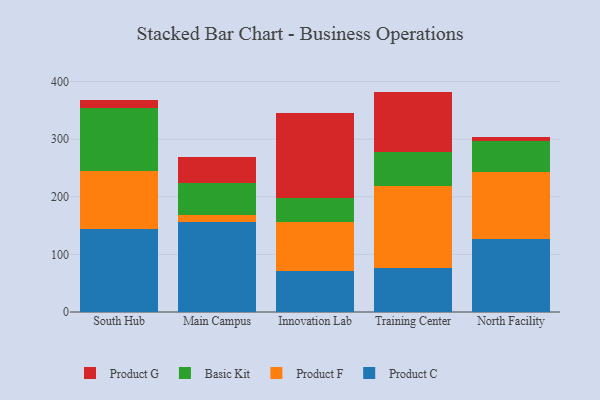
{"axis": {"x": "Campus", "y": "Net Income (USD K)"}, "legend": ["Basic Kit", "Product C", "Product F", "Product G"], "data": [{"x": "South Hub", "y": 144.5, "type": "Product C"}, {"x": "South Hub", "y": 100.5, "type": "Product F"}, {"x": "South Hub", "y": 108.8, "type": "Basic Kit"}, {"x": "South Hub", "y": 14.3, "type": "Product G"}, {"x": "Main Campus", "y": 155.6, "type": "Product C"}, {"x": "Main Campus", "y": 12.0, "type": "Product F"}, {"x": "Main Campus", "y": 57.2, "type": "Basic Kit"}, {"x": "Main Campus", "y": 44.4, "type": "Product G"}, {"x": "Innovation Lab", "y": 71.8, "type": "Product C"}, {"x": "Innovation Lab", "y": 84.1, "type": "Product F"}, {"x": "Innovation Lab", "y": 41.8, "type": "Basic Kit"}, {"x": "Innovation Lab", "y": 147.9, "type": "Product G"}, {"x": "Training Center", "y": 76.6, "type": "Product C"}, {"x": "Training Center", "y": 142.3, "type": "Product F"}, {"x": "Training Center", "y": 59.4, "type": "Basic Kit"}, {"x": "Training Center", "y": 104.3, "type": "Product G"}, {"x": "North Facility", "y": 126.7, "type": "Product C"}, {"x": "North Facility", "y": 116.2, "type": "Product F"}, {"x": "North Facility", "y": 53.6, "type": "Basic Kit"}, {"x": "North Facility", "y": 7.7, "type": "Product G"}]}